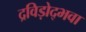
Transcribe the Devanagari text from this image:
द्रविड़ोद्भवा